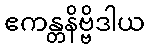
ဧကန္တနိဗ္ဗိဒါယ